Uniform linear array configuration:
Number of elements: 32
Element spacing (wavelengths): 0.75
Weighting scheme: hann
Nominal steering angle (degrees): -15
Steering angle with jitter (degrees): -16.227
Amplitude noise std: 0.05
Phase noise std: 0.05

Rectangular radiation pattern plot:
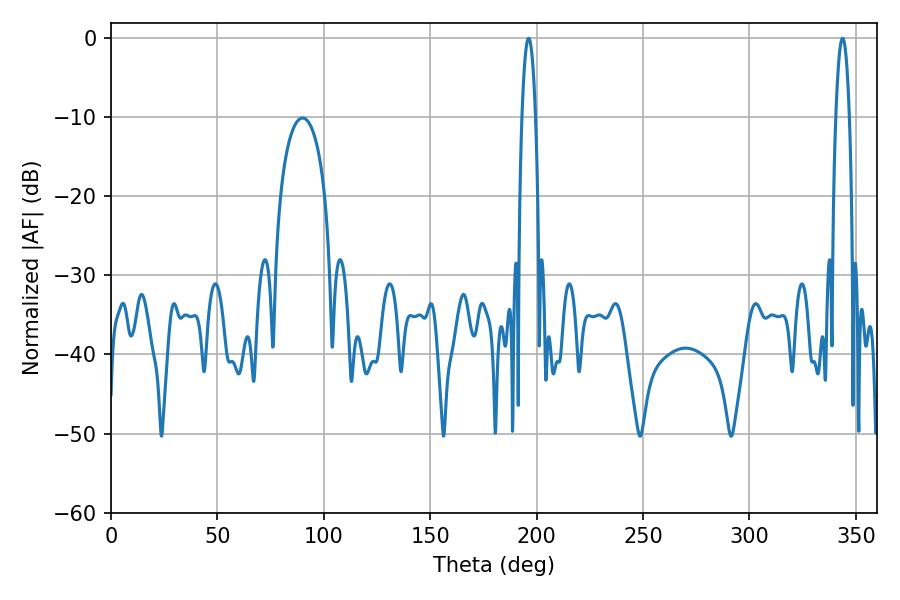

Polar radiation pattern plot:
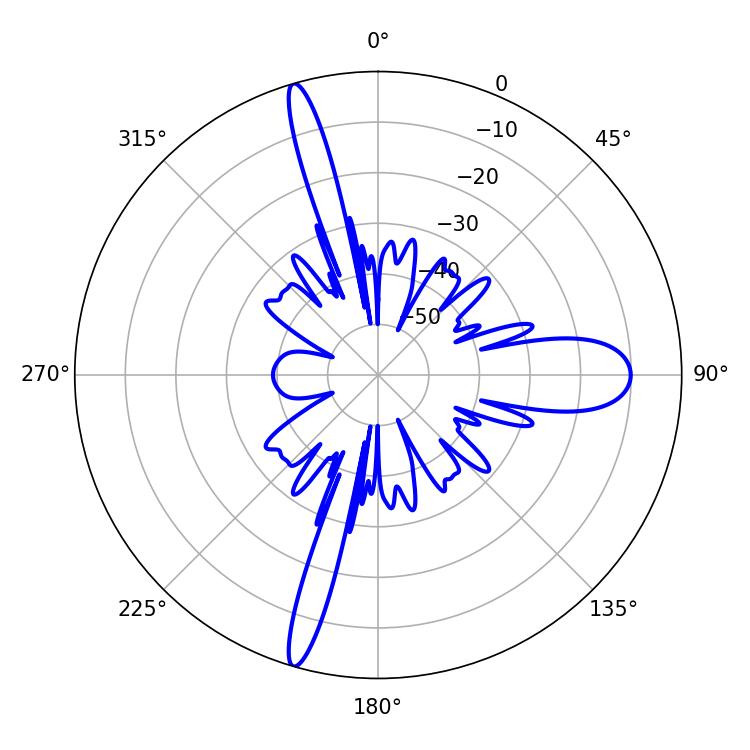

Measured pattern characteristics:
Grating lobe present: TRUE
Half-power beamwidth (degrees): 3.42
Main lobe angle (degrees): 196.2